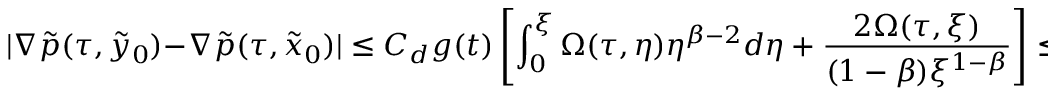
| \nabla \tilde { p } ( \tau , \tilde { y } _ { 0 } ) - \nabla \tilde { p } ( \tau , \tilde { x } _ { 0 } ) | \leq C _ { d } g ( t ) \left[ \int _ { 0 } ^ { \xi } \Omega ( \tau , \eta ) \eta ^ { \beta - 2 } d \eta + \frac { 2 \Omega ( \tau , \xi ) } { ( 1 - \beta ) \xi ^ { 1 - \beta } } \right] \leq \frac { 2 C _ { d } g ( t ) } { 1 - \beta } \int _ { 0 } ^ { \xi } \eta ^ { \beta - 1 } \partial _ { \eta } \Omega ( \tau , \eta ) d \eta ,